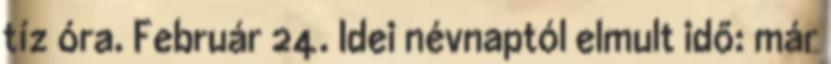
tíz óra. Február 24. Idei névnaptól elmult idő: már